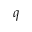
q